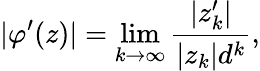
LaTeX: |\varphi^{\prime}(z)|=\operatorname*{lim}_{k\to\infty}{\frac{|z_{k}^{\prime}|}{|z_{k}|d^{k}}},